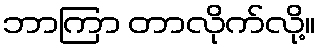
ဘာကြာ တာလိုက်လို့။